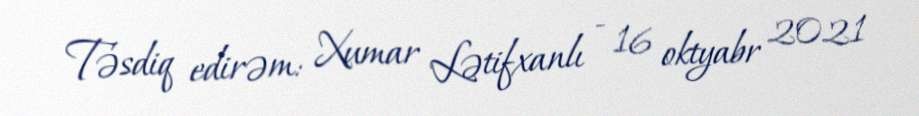
Təsdiq edirəm: Xumar Lətifxanlı - 16 oktyabr 2021